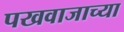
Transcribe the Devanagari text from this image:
पखवाजाच्या